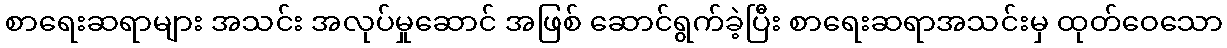
စာရေးဆရာများ အသင်း အလုပ်မှုဆောင် အဖြစ် ဆောင်ရွက်ခဲ့ပြီး စာရေးဆရာအသင်းမှ ထုတ်ဝေသော